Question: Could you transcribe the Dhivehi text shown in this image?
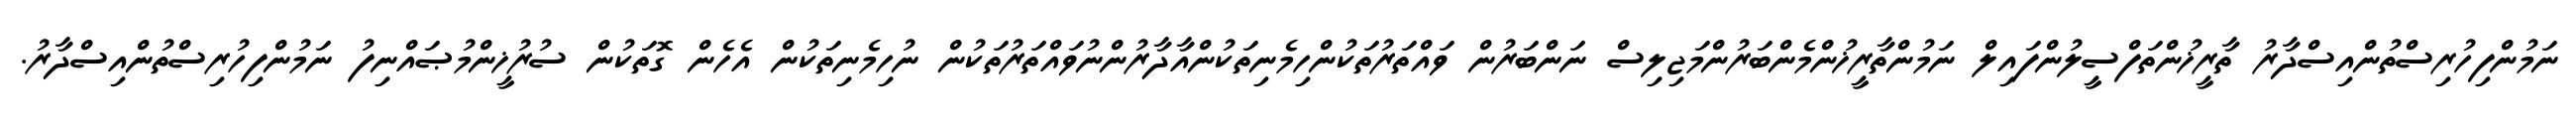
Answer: ނަމުންފިހުރިސްތުންއިސްދާރު ތާރީޚުންތަފްސީލުންފައިލް ނަމުންތާރީޚުންމެންބަރުންމަޖިލިސް ނަންބަރުން ވައްތަރުތަކުންހިމެނިތަކުންއާދާރުންނުވައްތަރުތަކުން ނުހިމެނިތަކުން އެހެން ގޮތަކުން ސުރުޚީންމުޞައްނިފު ނަމުންފިހުރިސްތުންއިސްދާރު.